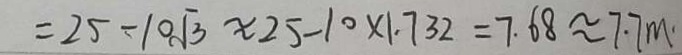
= 2 5 - 1 0 \sqrt { 3 } \approx 2 5 - 1 0 \times 1 . 7 3 2 = 7 . 6 8 \approx 7 . 7 m \cdot